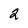
Character: 2